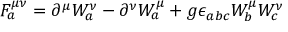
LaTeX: F _ { a } ^ { \mu \nu } = \partial ^ { \mu } W _ { a } ^ { \nu } - \partial ^ { \nu } W _ { a } ^ { \mu } + g \epsilon _ { a b c } W _ { b } ^ { \mu } W _ { c } ^ { \nu }